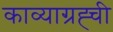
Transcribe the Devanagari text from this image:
काव्याग्रह्ची